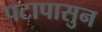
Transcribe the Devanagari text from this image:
पटापासुन